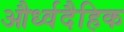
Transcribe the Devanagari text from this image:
और्ध्वदैहिक